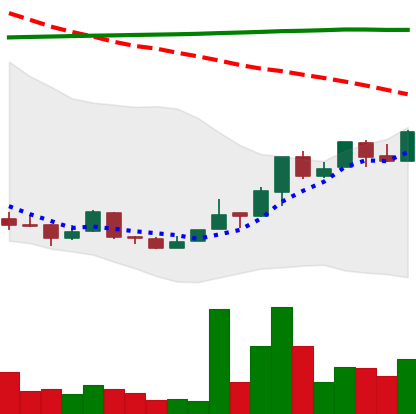
Ticker: NEO-USD
Chart end date: 2018-04-18
Forward return: 4.645%
Label: up_3_5